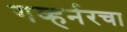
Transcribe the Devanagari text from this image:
गव्हर्नरचा